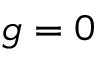
g = 0